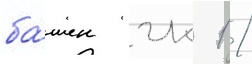
ба́шен гк 1 /